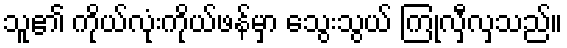
သူ၏ ကိုယ်လုံးကိုယ်ဖန်မှာ သွေးသွယ် ကြုံလှီလှသည်။